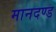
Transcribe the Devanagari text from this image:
मानदण्‍ड